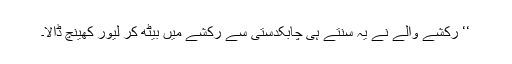
‘‘ رکشے والے نے یہ سنتے ہی چابکدستی سے رکشے میں بیٹھ کر لیور کھینچ ڈالا۔